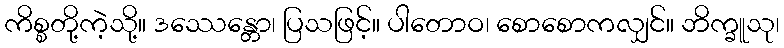
ကိစ္စတို့ကဲ့သို့။ ဒဿေန္တော၊ ပြသဖြင့်။ ပါတောဝ၊ စောစောကလျှင်။ ဘိက္ခူသု၊